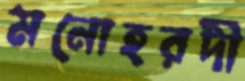
মনোহরদী